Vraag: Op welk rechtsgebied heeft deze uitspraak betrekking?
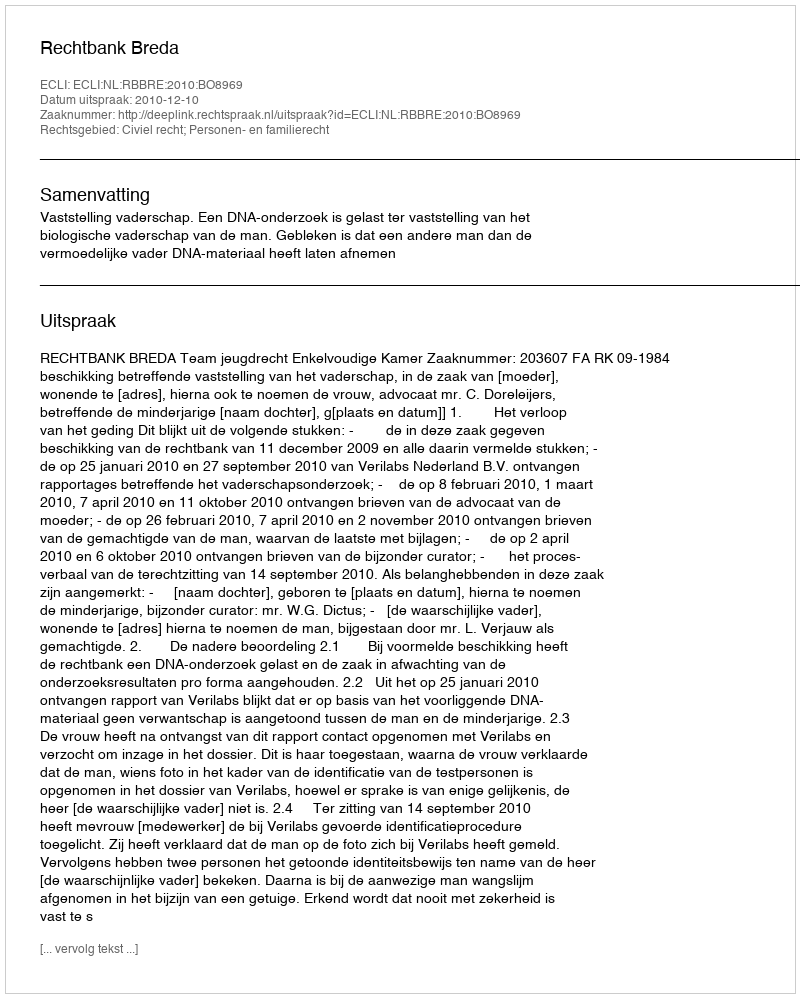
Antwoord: Civiel recht; Personen- en familierecht